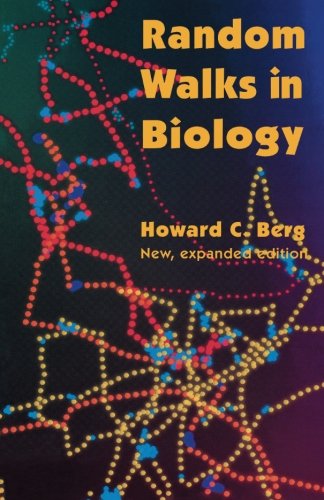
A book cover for Random Walks in Biology; Howard C. Berg; Science & Math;